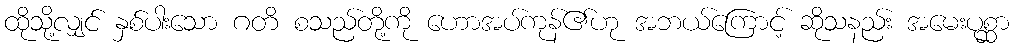
ထိုသို့လျှင် နှစ်ပါးသော ဂတိ စသည်တို့ကို ဟောအပ်ကုန်၏ဟု အဘယ်ကြောင့် ဆိုသနည်း အမေးပုစ္ဆာ